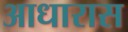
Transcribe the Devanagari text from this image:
आधारास